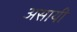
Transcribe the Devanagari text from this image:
असायी